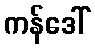
ကန်ဒေါ်